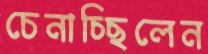
চেনাচ্ছিলেন